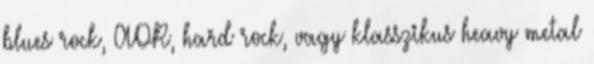
blues rock, AOR, hard rock, vagy klasszikus heavy metal